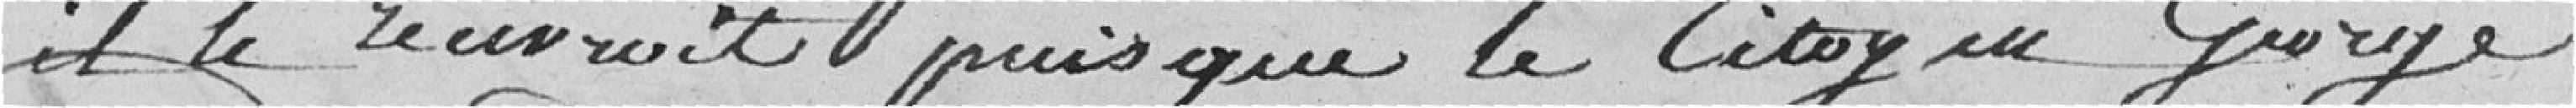
il le recevroit puisque le citoyen George